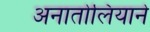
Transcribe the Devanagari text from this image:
अनातोलियाने